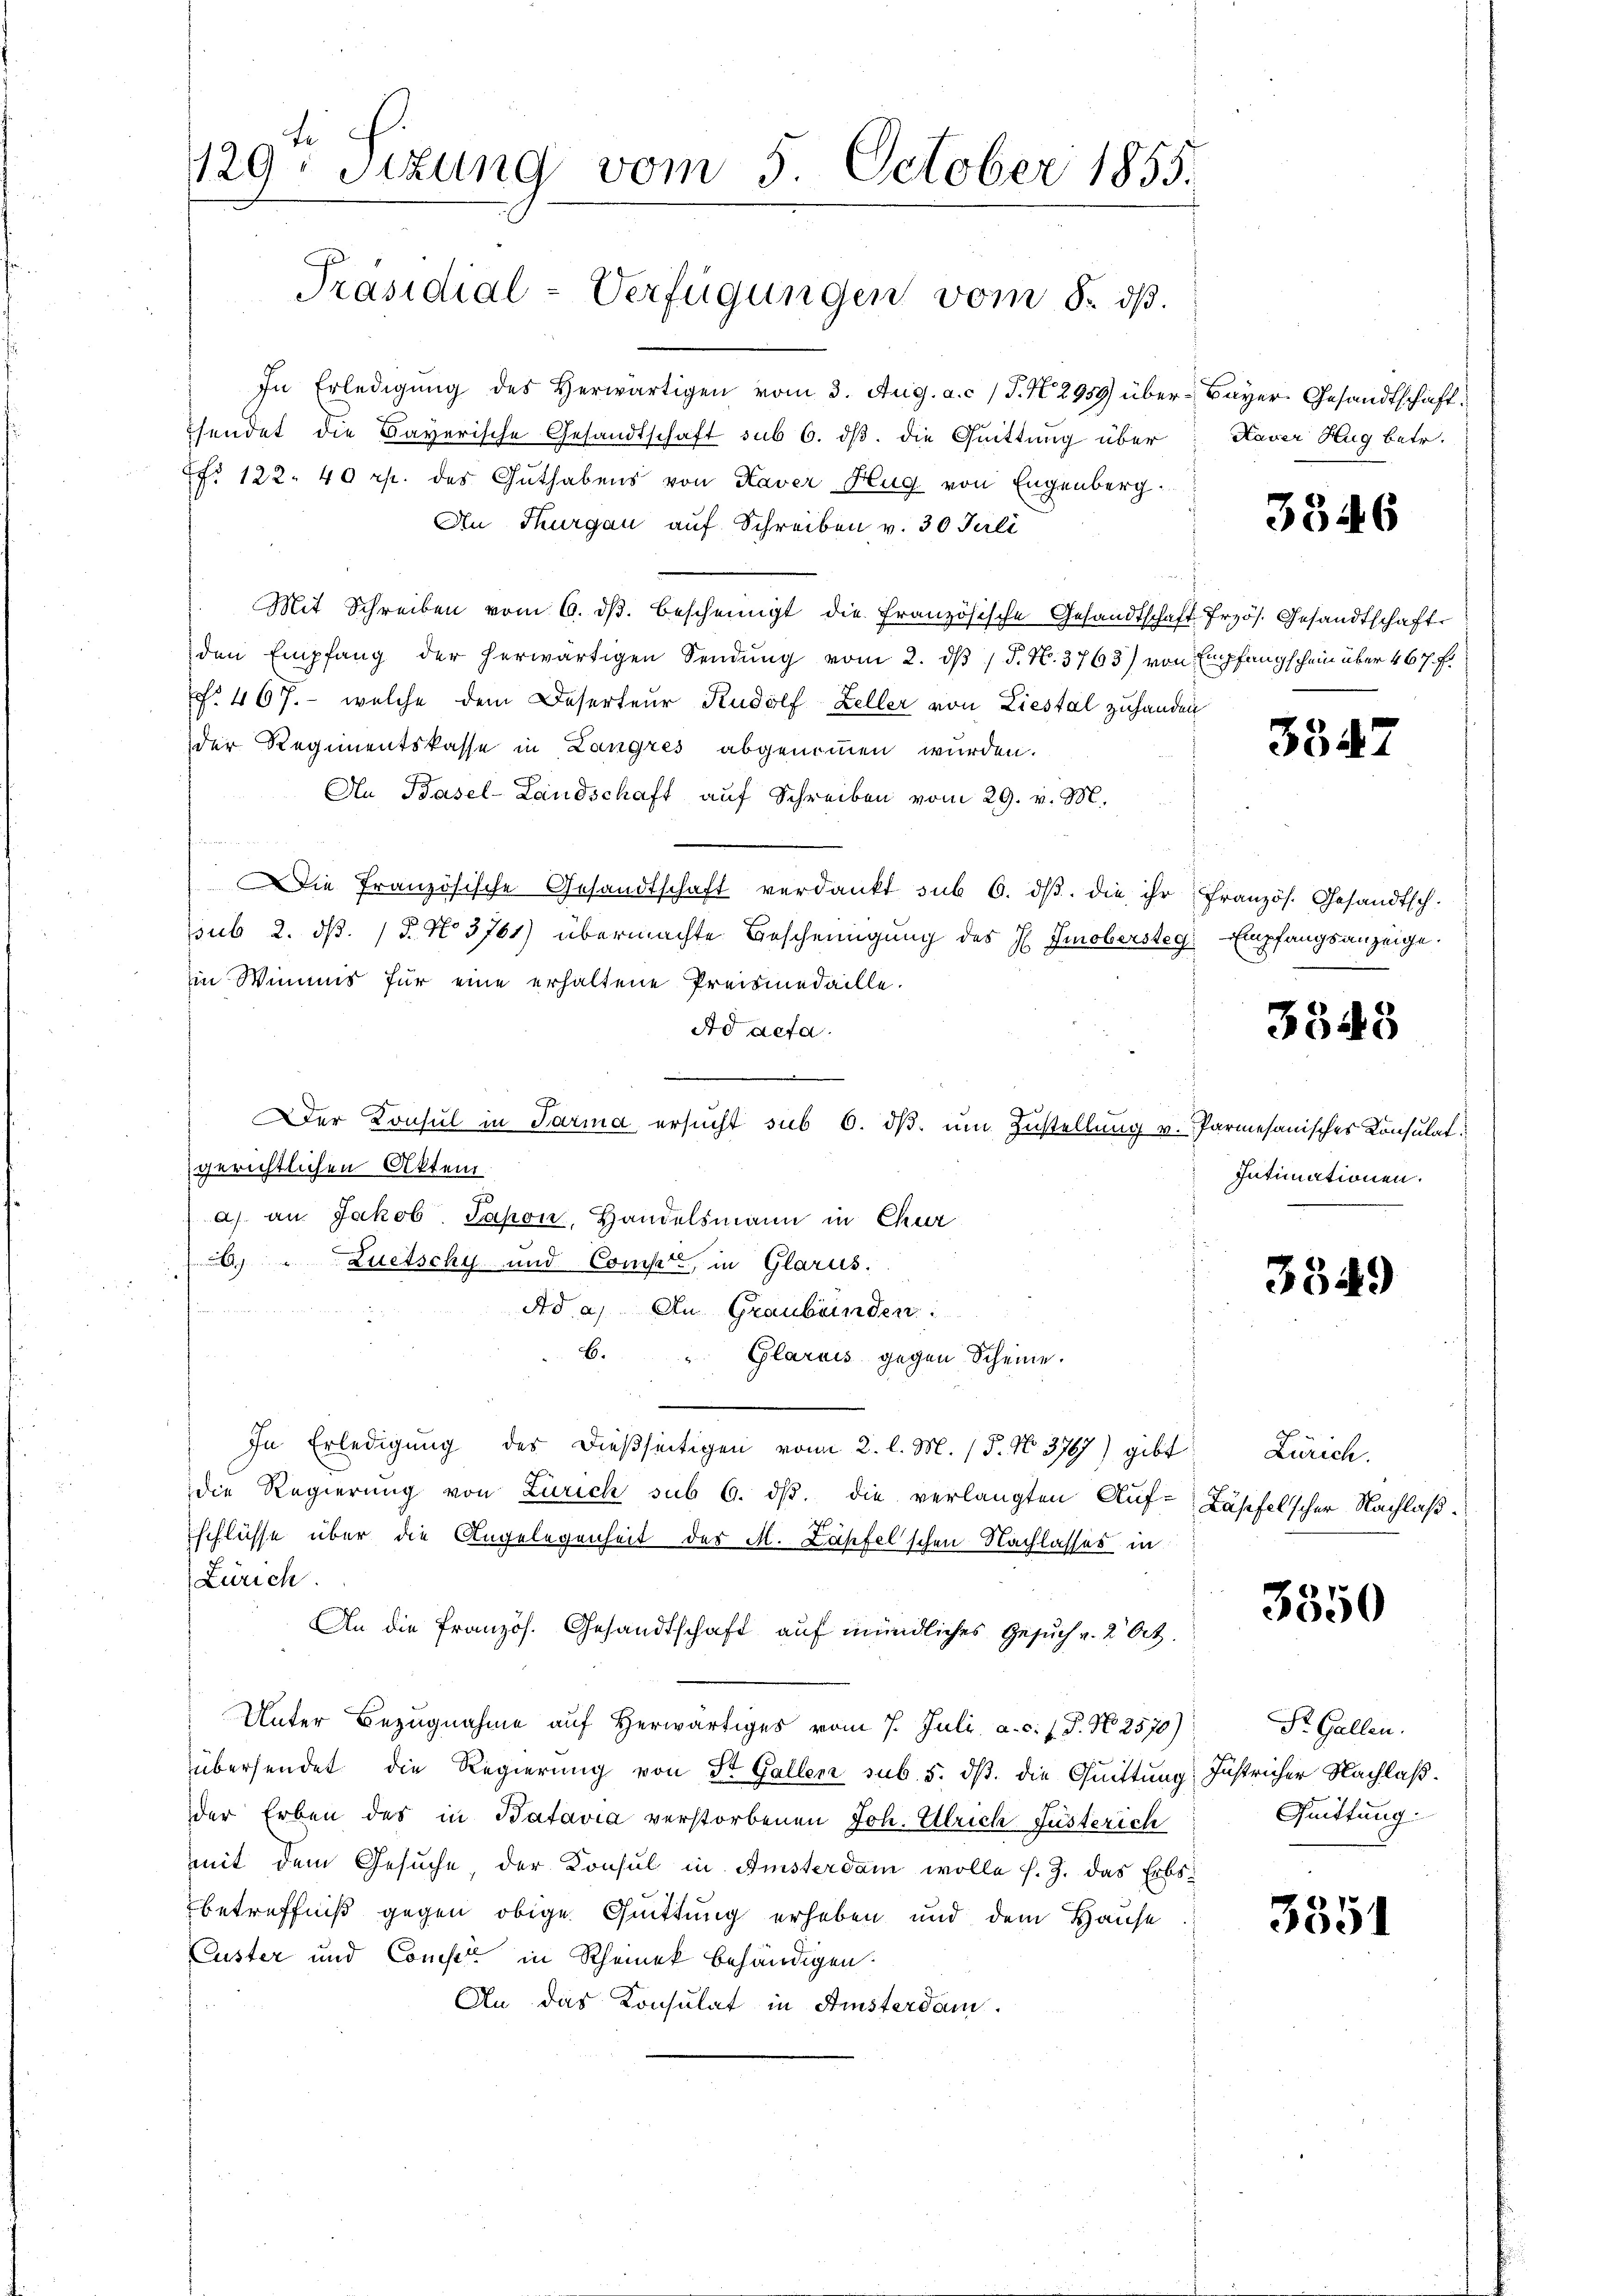
129. Sitzung vom 5. October 1855.

Präsidial-Verfügungen vom 8. dβ.

In Erledigŭng des Herwärtigen vom 3. Aug. a. c. J. N. 2959) über- Bayer-Gesandtschaftsendet die Bayerische Gesandtschaft sub 6. dß. die Quittung über
ff. 122. 40 rp. des Guthabens von Kaver Flug von Eugenberg.
An Thurgau auf Schreiben v. 30 Juli
Mit Schreiben vom 6. dβ. bescheinigt die französische Gesandtschaft Przös. Gesandtschaft
den Empfang der herwärtigen Sendŭng vom 2. dβ / 5. N. 3763) von Empfangschein über 467 f.
f. 467. - welche dem Deserteur Rudolf Zeller von Liestal zuhanden
der Regimentskasse in Langres abgenommen wurden.
An Basel-Landschaft auf Schreiben vom 29. v. M.
Die französische Gesandtschaft verdankt sub 6. dβ. die ihr französ. Gesandtsch.
sub 2. d. 15. No 3761) übermachte Bescheinigung des J. Smobersteg Empfangsanzeige.
in Wimnis für eine erhaltene Preismedaille.
Ad acta.
e
er Konsul in Parma ersŭcht sub 6. dβ. um Zustellung v. Parmesanisches Konsulatgerichtlichen Akten
a) an Jakob Jahon, Handelsmann in Chur
6 "Luetschy und Compte, in Glarus.
Ad a. An Graubünden:
b. " Clariis gegen Scheine.
In Erledigung des dießseitigen vom 2. l. M. 15. No. 3767) gibt Zürich.
die Regierung von Zürich sub 6. dβ. die verlangten Aŭf-Läsifelscher Nachlaβ.
schlüsse über die Angelegenheit des M. Lapfelschen Nachlasses in
Zürich.
An die Pranzös. Gesandtschaft auf mündliches Gesuch u. 2 Art.
Unter Bezugnahme auf herwärtiges vom 7. Juli a. c. J. P. N. 2570)
übersendet die Regierung von St. Gallen sub. 5. dß. die Quittung Justricher Nachlaß.
der Erben des in Batavia verstorbenen Joh. Ulrich Jüsterich
mit dem Gesuche der Konsul in Amsterdam wolle s. Z. das Erbs-
betreffniß gegen obige Quittung erheben und dem Hause
Luster und Confer in Rheinek behändigen.
An das Konsulat in Amsterdam.

Haver Hug betr.

3346

3847

3848

Intimationen.

3349

3550

St. Gallen.
Quittung

3551